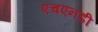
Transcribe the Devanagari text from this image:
एचएनडी